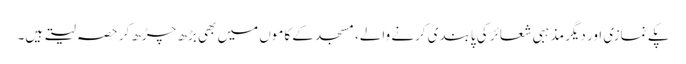
پکے نمازی اور دیگر مذہبی شعائر کی پابندی کرنے والے، مسجد کے کاموں میں بھی بڑھ چڑھ کر حصہ لیتے ہیں۔